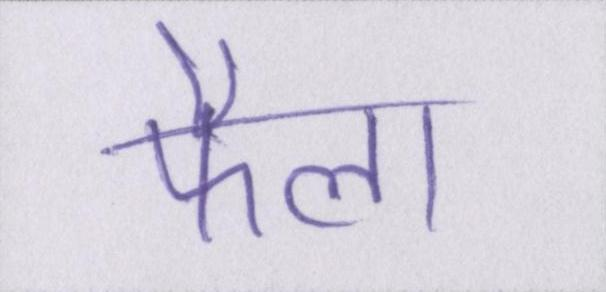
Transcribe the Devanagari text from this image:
फैला